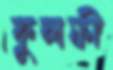
কুলফী